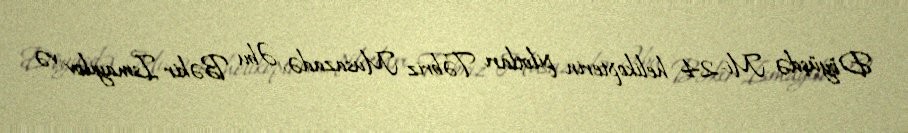
Döyüşdə Mi-24 helikopterin pilotları Təbriz Musazadə, Əbu Bəkir İsmayılov və